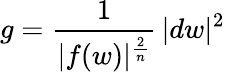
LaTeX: g={\frac{1}{|f(w)|^{\frac{2}{n}}}}\, |dw|^{2}